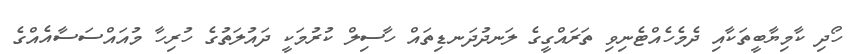
ހޯދި ކާމިޔާބީތަކާއި ދެމެހެއްޓެނިވި ތަރައްގީގެ ލަނދުދަނޑިތައް ހާސިލް ކުރުމަކީ ދައުލަތުގެ ހުރިހާ މުއައްސަސާއެއްގެ